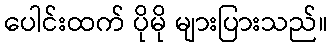
ပေါင်းထက် ပိုမို များပြားသည်။